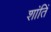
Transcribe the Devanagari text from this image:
शांतिं